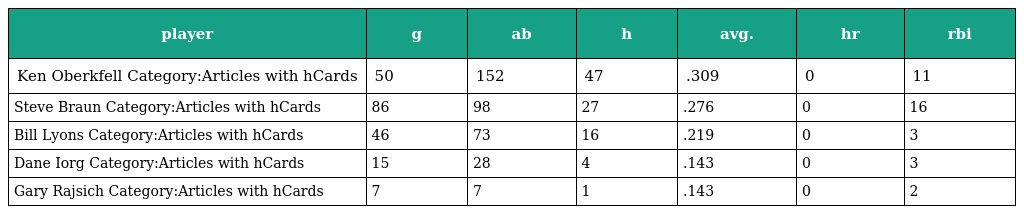
| player | g | ab | h | avg. | hr | rbi |
 | --- | --- | --- | --- | --- | --- | --- |
 | Ken Oberkfell Category:Articles with hCards | 50 | 152 | 47 | .309 | 0 | 11 |
 | Steve Braun Category:Articles with hCards | 86 | 98 | 27 | .276 | 0 | 16 |
 | Bill Lyons Category:Articles with hCards | 46 | 73 | 16 | .219 | 0 | 3 |
 | Dane Iorg Category:Articles with hCards | 15 | 28 | 4 | .143 | 0 | 3 |
 | Gary Rajsich Category:Articles with hCards | 7 | 7 | 1 | .143 | 0 | 2 |